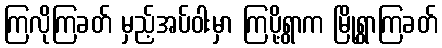
ကြလိုကြခတ် မှည့်အပ်ဝါးမှာ ကြပို့ရွာက မြို့ရွာကြခတ်